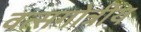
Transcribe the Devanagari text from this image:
वत्सगोत्रीय